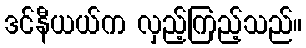
ဒင်နီယယ်က လှည့်ကြည့်သည်။